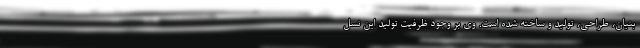
بنیان، طراحی، تولید و ساخته شده است. وی بر وجود ظرفیت تولید این نسل